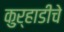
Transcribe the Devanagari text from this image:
कुऱ्हाडीचे